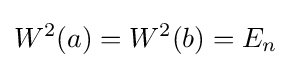
W^{2}(a)=W^{2}(b)=E_{n}